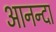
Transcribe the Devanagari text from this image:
आनन्दा